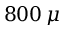
8 0 0 \, \mu